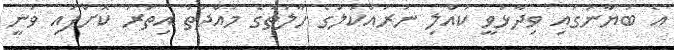
އެ ބަޔާނުގައި ވިދާޅުވީ ކުއްލި ނުރައްކަލުގެ ހާލަތުގެ މުއްދަތު އިތުރު ކޮށްފައި ވަނީ